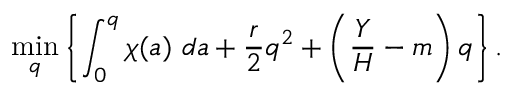
\operatorname* { m i n } _ { q } \left\{ \int _ { 0 } ^ { q } \chi ( a ) ~ d a + \frac { r } { 2 } q ^ { 2 } + \left( \frac { Y } { H } - m \right) q \right\} .